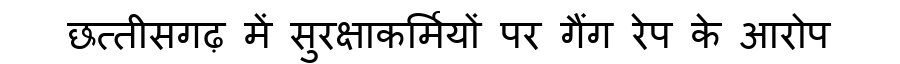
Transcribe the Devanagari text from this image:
छत्तीसगढ़ में सुरक्षाकर्मियों पर गैंग रेप के आरोप